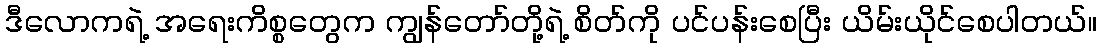
ဒီလောကရဲ့ အရေးကိစ္စတွေက ကျွန်တော်တို့ရဲ့ စိတ်ကို ပင်ပန်းစေပြီး ယိမ်းယိုင်စေပါတယ်။